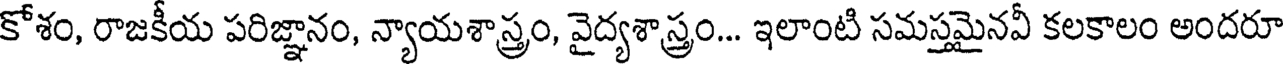
కోశం, రాజకీయ పరిజ్ఞానం, న్యాయశాస్త్రం, వైద్యశాస్త్రం... ఇలాంటి సమస్తమైనవీ కలకాలం అందరూ